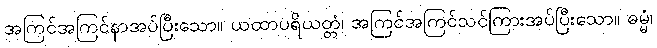
အကြင်အကြင်နာအပ်ပြီးသော။ ယထာပရိယတ္တံ၊ အကြင်အကြင်သင်ကြားအပ်ပြီးသော။ ဓမ္မံ၊